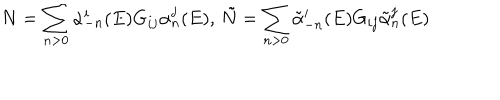
N = \sum _ { n > 0 } \alpha _ { - n } ^ { i } ( E ) G _ { i j } \alpha _ { n } ^ { j } ( E ) , \, \tilde { N } = \sum _ { n > 0 } \tilde { \alpha } _ { - n } ^ { i } ( E ) G _ { i j } \tilde { \alpha } _ { n } ^ { j } ( E )